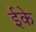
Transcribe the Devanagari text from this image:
ईके